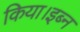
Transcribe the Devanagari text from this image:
किया।इब्न